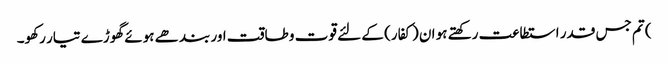
) تم جس قدر استطاعت رکھتے ہو ان (کفار) کے لئے قوت و طاقت اور بندھے ہوئے گھوڑے تیار رکھو۔